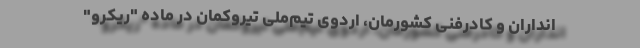
انداران و کادرفنی کشورمان، اردوی تیم‌ملی تیروکمان در ماده "ریکرو"